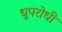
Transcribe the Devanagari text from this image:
धूपरोधी